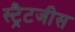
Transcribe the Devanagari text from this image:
स्ट्रैटजीस